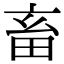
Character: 畜